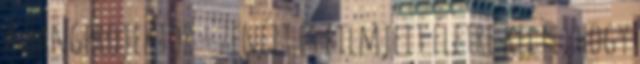
a hangprojektor – zenéit és filmjeit életre kelti, hogy